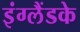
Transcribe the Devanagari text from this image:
इंग्लैंडके